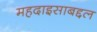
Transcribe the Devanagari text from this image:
महदाइसाबद्दल